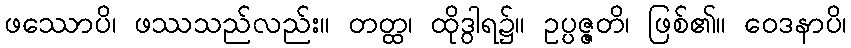
ဖဿောပိ၊ ဖဿသည်လည်း။ တတ္ထ၊ ထိုဒွါရ၌။ ဥပ္ပဇ္ဇတိ၊ ဖြစ်၏။ ဝေဒနာပိ၊